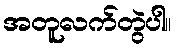
အတူလက်တွဲပါ။